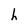
Character: h